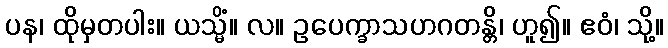
ပန၊ ထိုမှတပါး။ ယသ္မိံ။ လ။ ဥပေက္ခာသဟဂတန္တိ၊ ဟူ၍။ ဧဝံ၊ သို့။